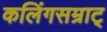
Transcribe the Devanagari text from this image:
कलिंगसम्राट्